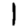
Digit: 1